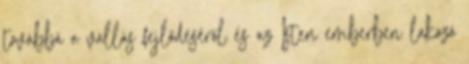
továbbá a vallás fejlődéséről és az Isten emberben lakozó